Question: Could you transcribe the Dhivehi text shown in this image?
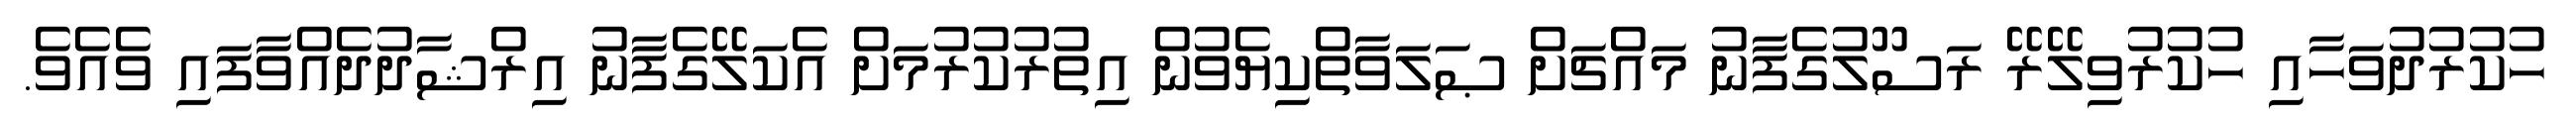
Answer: ހުކުރުދުވަހާއި ހުކުރުވިލޭރޭ ރަސޫލުގެފާނު މައްޗަށް ޞަލަވާތްކިޔެވުން އިތުރުކުރުމަށް އެކަލޭގެފާނު އިރްޝާދުދެއްވާފައި ވެއެވެ.